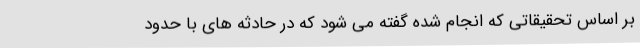
بر اساس تحقیقاتی که انجام شده گفته می شود که در حادثه های با حدود